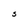
Character: S